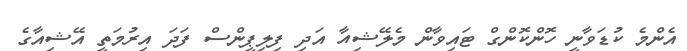
އެންމެ ކުޑަވާނީ ހޮންކޮންގް ޓައިވާން މެލޭޝިއާ އަދި ފިލިޕީންސް ފަދަ އިރުމަތީ އޭޝިއާގެ